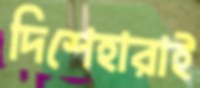
দিশেহারাই